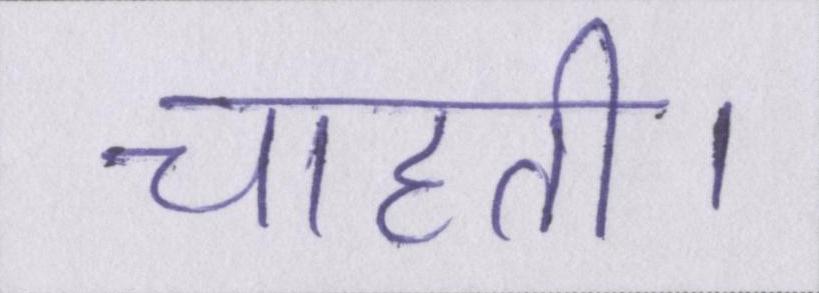
चाहती।